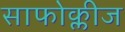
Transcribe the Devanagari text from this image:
साफोक्लीज